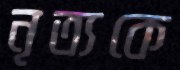
নৃত্যকে